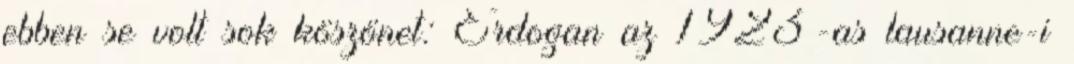
ebben se volt sok köszönet: Erdogan az 1923-as lausanne-i